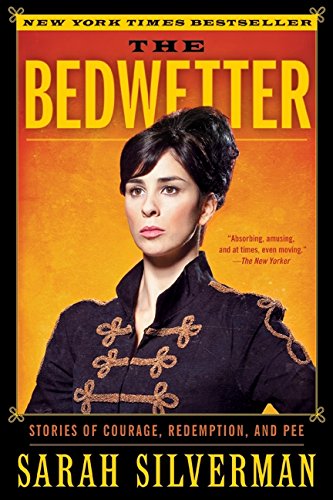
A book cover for The Bedwetter: Stories of Courage, Redemption, and Pee; Sarah Silverman; Humor & Entertainment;